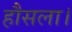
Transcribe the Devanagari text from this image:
हौसला।